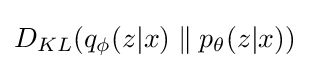
D_{KL}(q_{\phi }({z|x})\parallel p_{\theta }({z|x}))